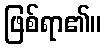
ဖြစ်ရာ၏။